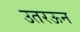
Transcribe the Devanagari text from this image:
उतरऊन